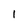
Character: 1